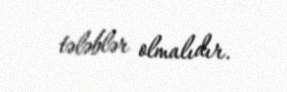
tələblər olmalıdır.